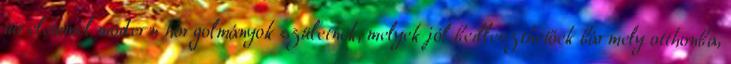
türelemmel modern horgolmányok születnek, melyek jól beilleszthetőek bármely otthonba,